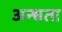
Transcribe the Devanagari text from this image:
अन्‍धता